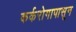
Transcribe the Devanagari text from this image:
कर्करोगापासून